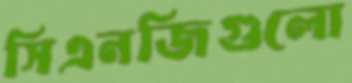
সিএনজিগুলো